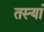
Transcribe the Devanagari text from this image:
तस्यां